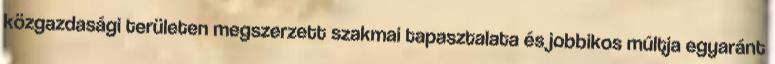
közgazdasági területen megszerzett szakmai tapasztalata és jobbikos múltja egyaránt